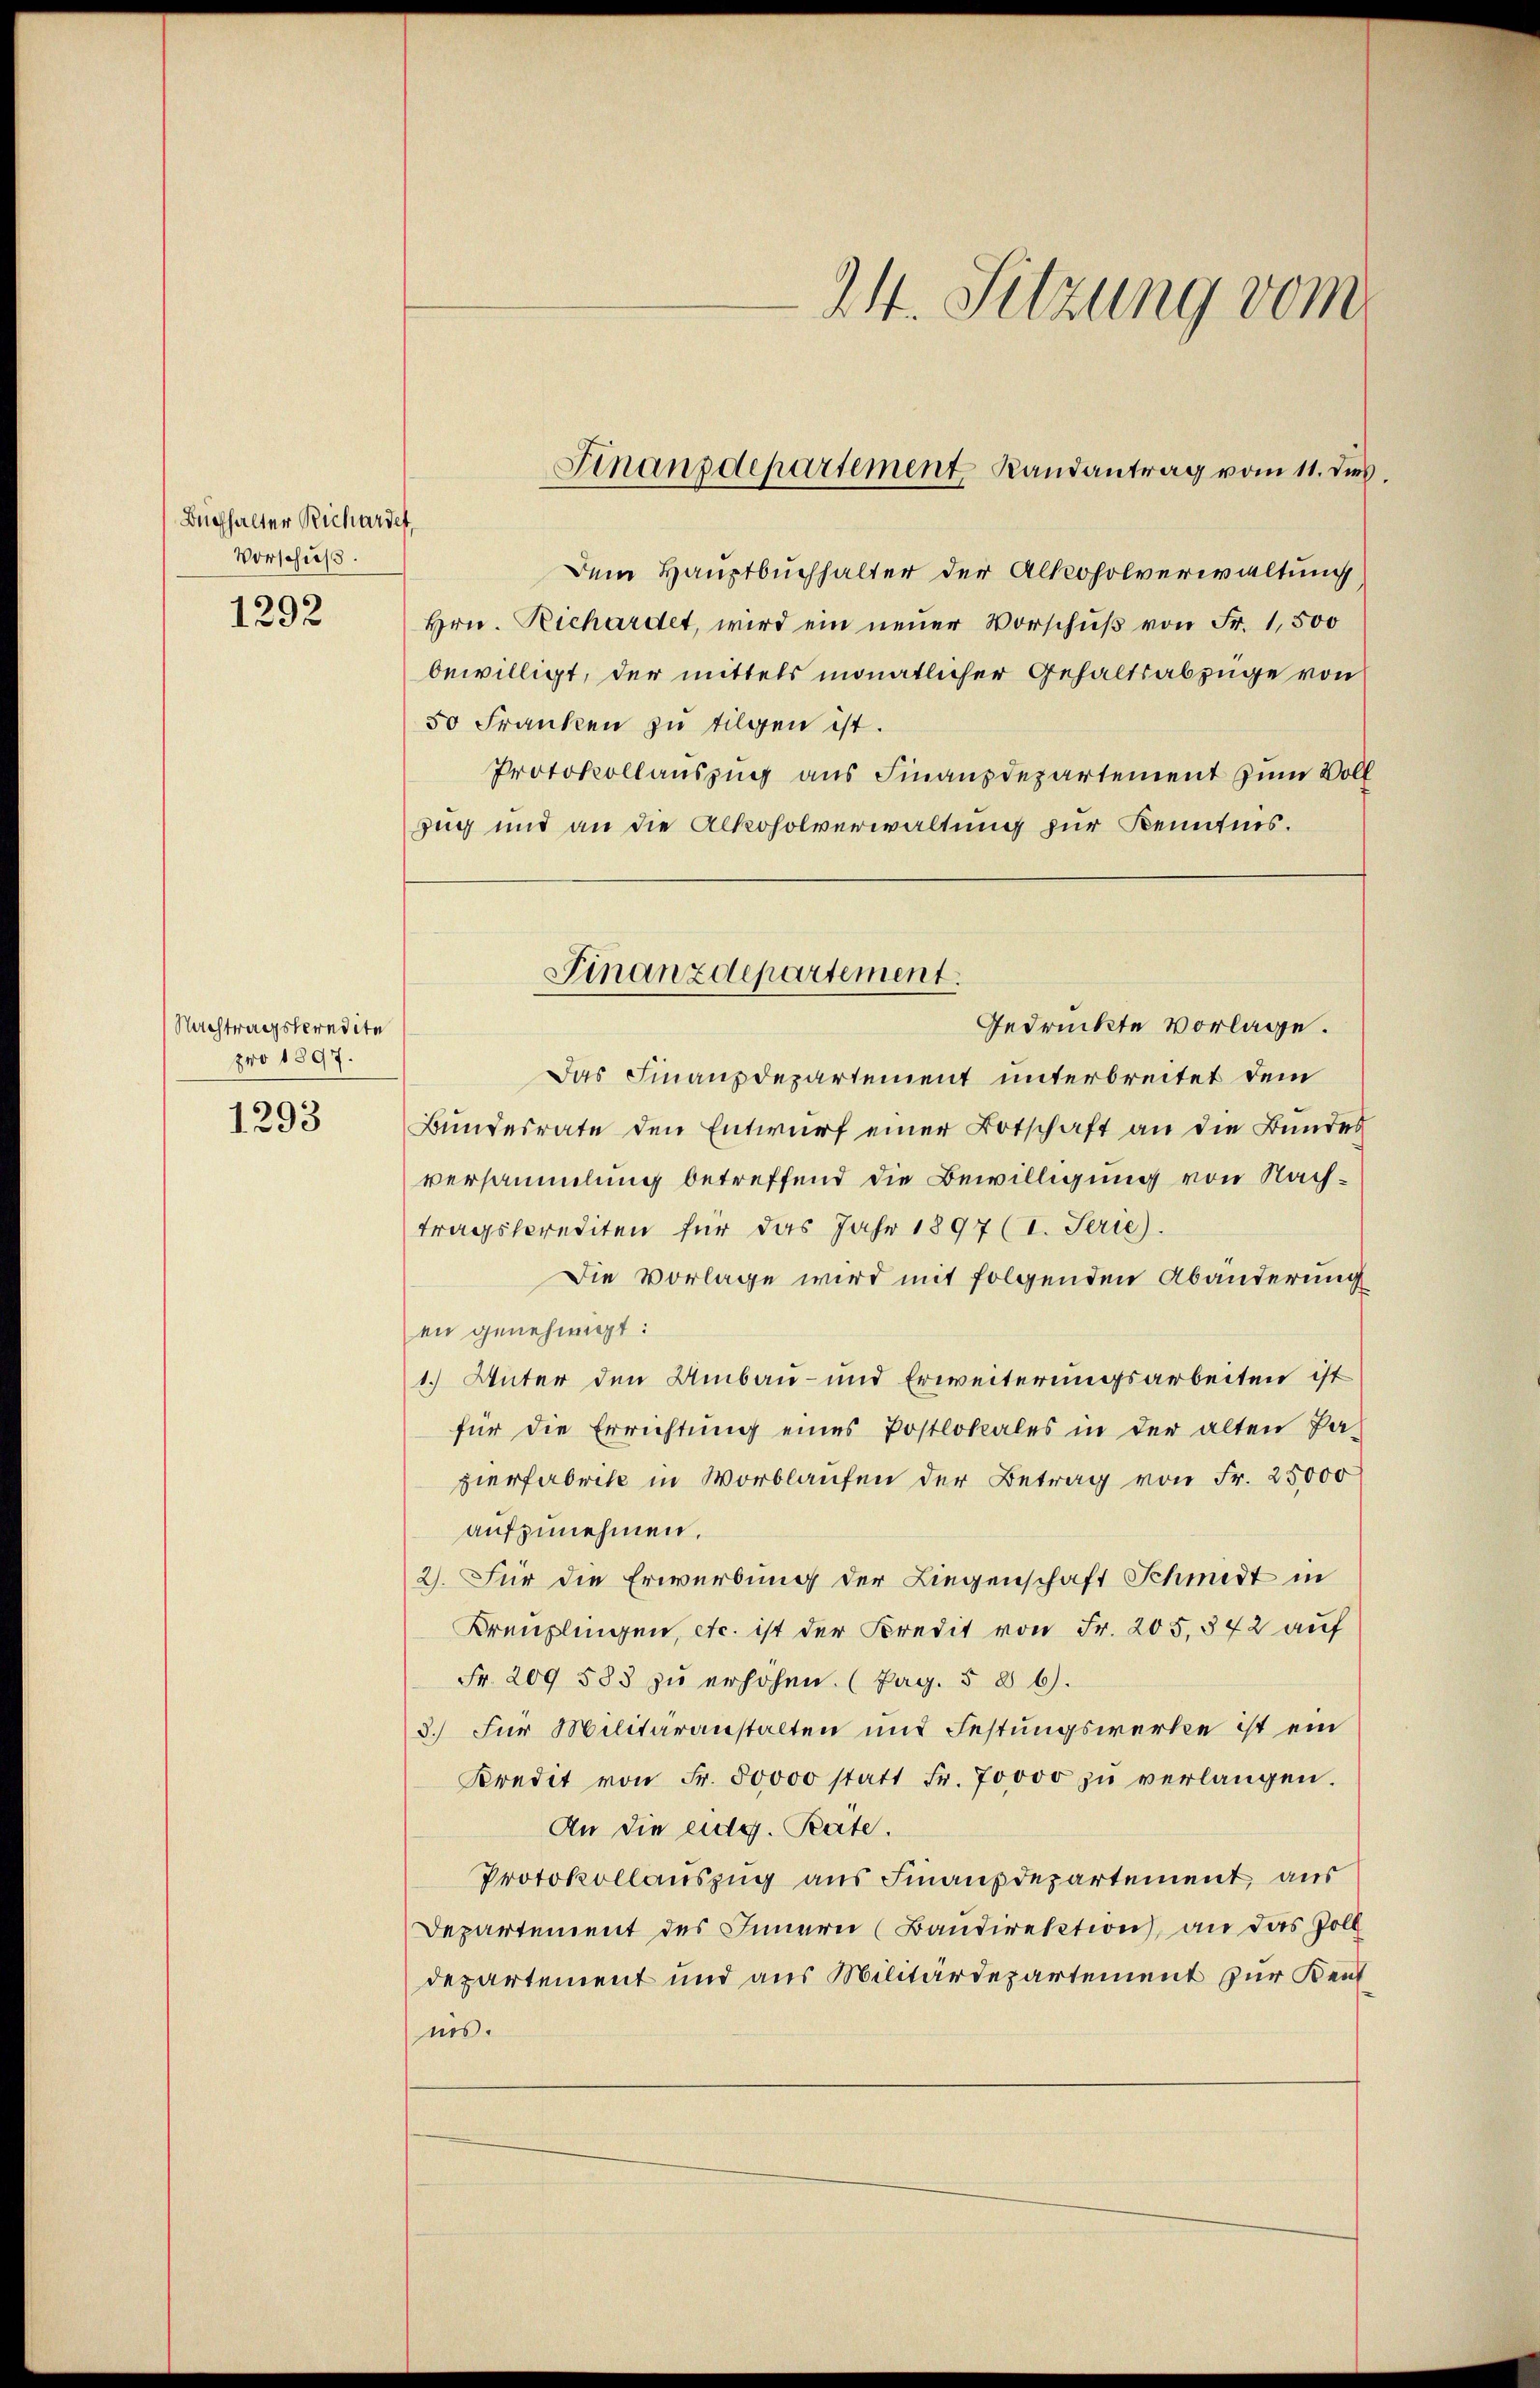
Buchhalter Richardef
Vorschuß.

1292

Nachtragskredite
pro 1897.
1293

24. Sitzung vom

Dem Hauptbuchhalter der Alkoholverwaltung
Hrn. Richardet, wird ein neuer Vorschuß von Fr. 1,500
bewilligt, der mittels monatlicher Gehaltsabzüge von
50 Franken zu tilgen ist.
Protokollauszug aus Finanzdepartement zum Voll
Zug und an die Alkoholverwaltung zur Kenntnis.
Das Finanzdepartement unterbreitet dem
Bundesrate den Entwurf einer Botschaft an die Bundes
versammlung betreffend die Bewilligung von Nachtragskrediten für das Jahr 1897 (I. Serie).
Die Vorlage wird mit folgenden Abänderung
en genehmigt:
1. Unter den Umbau- und Erweiterungsarbeiten ist
für die Errichtŭng eines Postlokales in der alten Pa-
zierfabrik in Vorblaufen der Betrag von Fr. 25000
aufzunehmen.
2). Für die Erwerbung der Liegenschaft Schmidt in
Kreuzlingen, etc. ist der Kredit von Fr. 205. 342 auf
Fr. 209 583 zu erhöhen. (Pag. § 86).
3.) Für Militäranstalten und Festungswerke ist ein
Kredit von Fr. 50000 statt Fr. 70000 zŭ verlangen.
An die eidg. Pate.
Protokollauszug aus Finanzdepartement aus
Departement des Innern (Baudirektion, an das Zoll
departement und aus Militärdepartement zur Kentnis.

Finanzdepartement Landantrag vom 11. dies

Finanzdepartement.
Gedrückte vorlage.